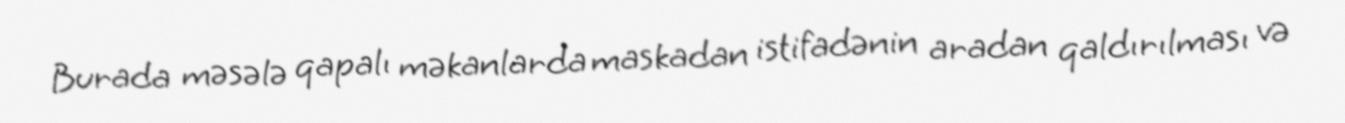
Burada məsələ qapalı məkanlarda maskadan istifadənin aradan qaldırılması və